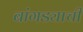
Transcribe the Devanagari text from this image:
बांगड्याची